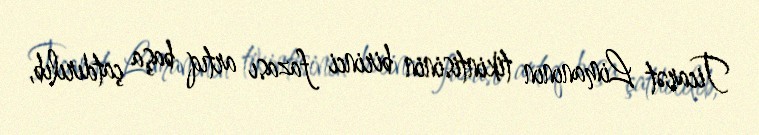
Ticarət Limanının tikintisinin birinci fazası artıq başa çatdırılıb,